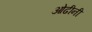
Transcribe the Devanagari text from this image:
ओढीनी